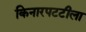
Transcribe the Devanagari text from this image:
किनारपटटीला